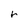
Character: r